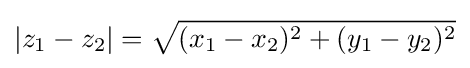
|z_{1}-z_{2}|={\sqrt {(x_{1}-x_{2})^{2}+(y_{1}-y_{2})^{2}}}